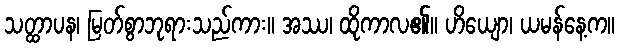
သတ္ထာပန၊ မြတ်စွာဘုရားသည်ကား။ အဿ၊ ထိုကာလ၏။ ဟိယျော၊ ယမန်နေ့က။